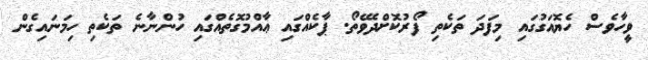
ވީހާވެސް ހެޔޮއަގުގައި މިފަދަ ތަކެތި ފޯރުކޮށްދެވޭތޯ. ޕާކެއްގައި ޢާއްމުގޮތެއްގައި ހުންނާނެ ތަކެތި ހިމަނައިގެން